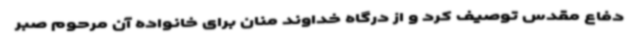
دفاع مقدس توصیف کرد و از درگاه خداوند منان برای خانواده آن مرحوم صبر